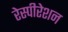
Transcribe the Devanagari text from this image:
रेस्पीरेशन